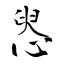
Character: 惥